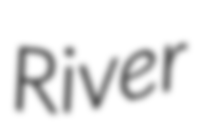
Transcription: River